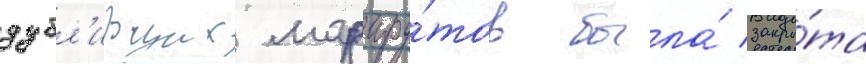
дубл'ирщих маршру́тов была́ закры́та